Kominterni_Eesti_sektsioon_Moskvas, lk 17
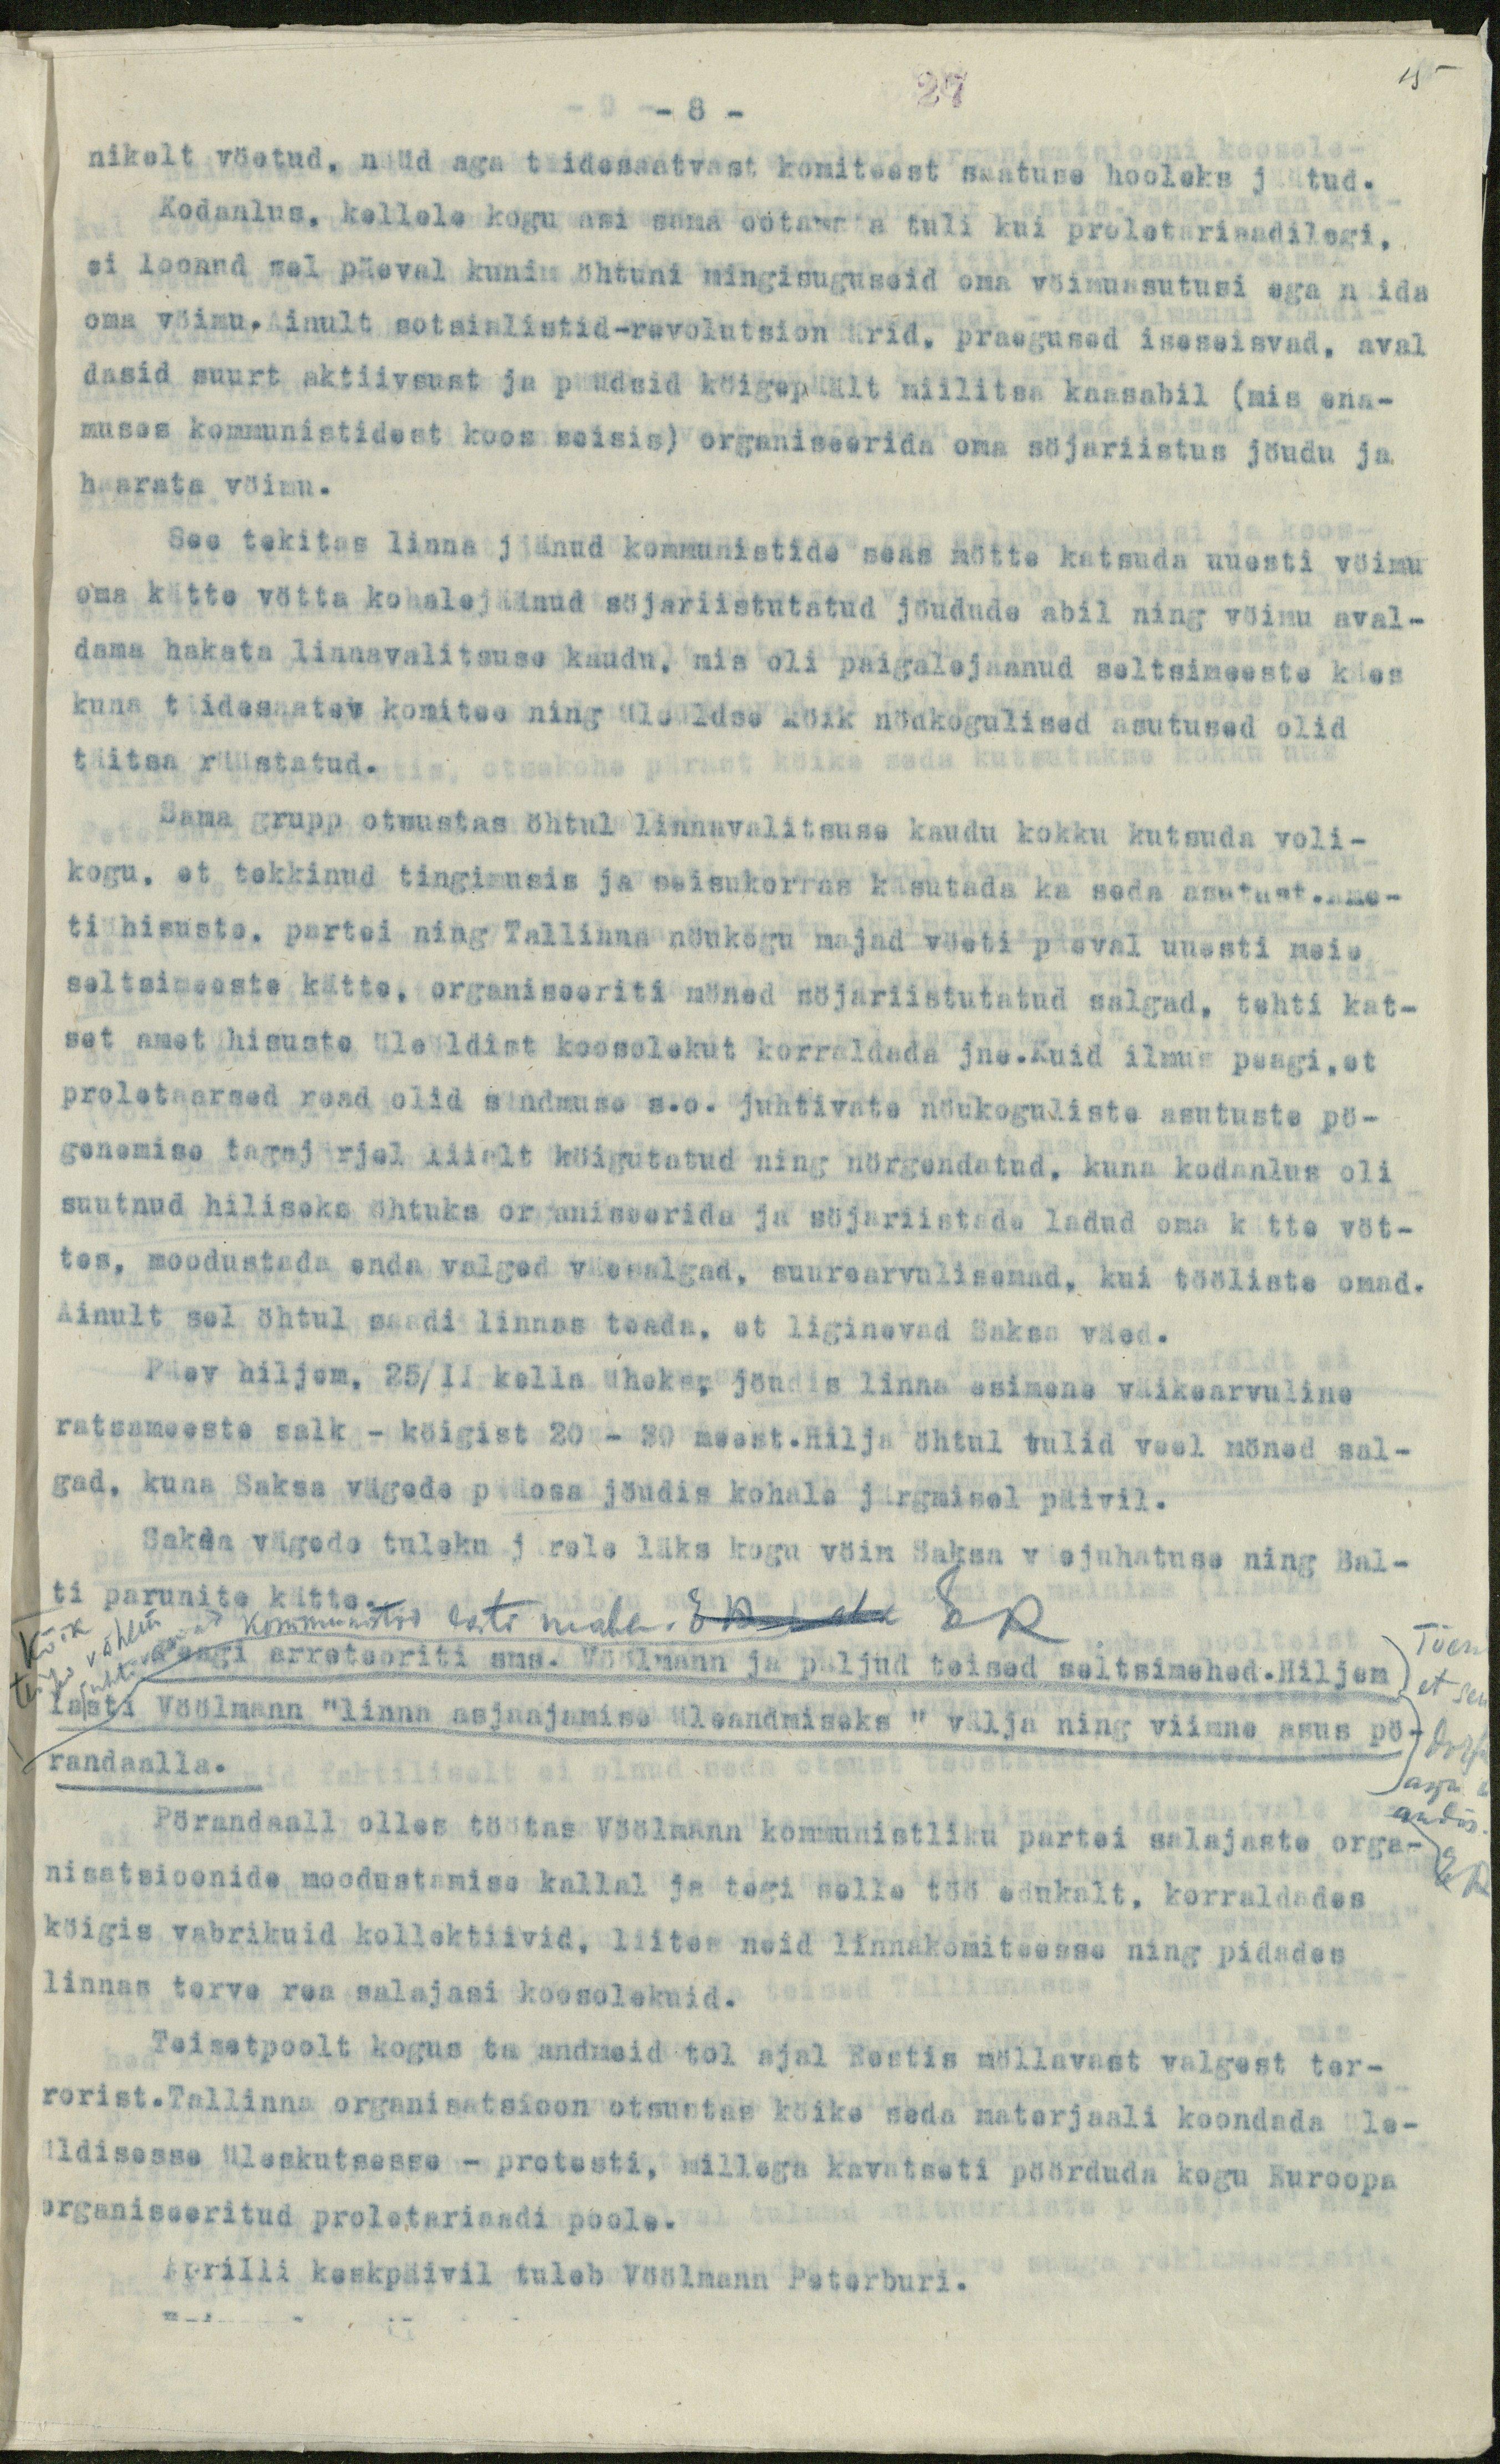
27
15
- 8 -
nikelt vöetud, nüüd aga täidesaatvast komiteest saatuse hooleks jäätud.
Kodanlus, kellele kogu asi sama ootamata tuli kui proletariaadilegi,
ei loonud sel päeval kuni öhtuni mingisuguseid oma vöimuasutusi ega näida
oma vöimu.Ainult sotsialistid-revolutsionäärid, praegused iseseisvad, aval
dasid suurt aktiivsust ja püüdsid köigepäält miilitsa kaasabil (mis ena-
muses kommunistidest koos seisis) organiseerida oma söjariistus jöudu ja
harata vöimu.
See tekitas linna jäänud kommunistide seas mötte katsuda uuesti vöimu
oma kätte vötta kohalejäänud söjariistutatud jöudude abil ning vöimu aval-
dama hakata linnavalitsuse kaudu, mis oli paigalejaanud seltsimeeste käes
kuna täidesaatev komitee ning üleüldse köik nöukogulised asutused olid
täitsa rüüstatud.
Sama grupp otsustas öhtul linnavalitsuse kaudu kokku kutsuda voli-
kogu, et tekkinud tingimusis ja seisukorras kasutada ka seda asutust.ame-
tiühisuste, partei ning Tallinna nöukogu majad vöeti päeval uuesti meie
seltsimeeste kätte, organiseeriti möned söjariistutatud salgad, tehti kat-
set ametühisuste üleüldist koosolekut korraldada jne.Kuid ilmus peagi,et
proletaarsed read olid sündmuse s.o. juhtivate nöukoguliste asutuste pö-
genemise tagajärjel liialt köigutatud ning nörgendatud, kuna kodanlus oli
suutnud hiliseks öhtuks organiseerida ja söjariistade ladud oma kätte vöt-
tes, moodustada enda valged väesalgad, suurearvulisemad, kui tööliste omad.
Ainult sel öhtul saadi linnas teada, et liginevad Saksa väed.
Päev hiljem, 25/II kella üheksa jöudis linna esimene väikearvuline
ratsameeste salk - köigist 20 - 30 meest. Hilja öhtul tulid veel möned sal-
gad, kuna Saksa vägede pääosa jöudis kohale järgmisel päivil.
Saksa vägede tuleku järele läks kogu vöim Saksa väejuhatuse ning Bal-
ti parunite kätte.
Peagi arreteeriti sms. Vöölmann ja paljud teised seltsimehed.Hiljem
lasti Vöölmann "linna asjaajamise üleandmiseks," välja ning viimne asus pö-
randaalla.
Pörandaall olles töötas Vöölmann kommunistliku partei salajaste orga-
nisatsioonide moodustamise kallal ja tegi selle töö edukult, korraldades
köigis vabrikuid kollektiivid, liites neid linnakomiteesse ning pidades
linnas terve rea salajasi koosolekuid.
Teisetpoolt kogus ta andmeid tol ajal Eestis möllavast valgest ter-
ronist.Tallinna organisatsioon otsustas köike seda materjaali koondada le-
ldisesse üleskutsesse - protesti, millega kavatseti pöörduda kogu Euroopa
organiseeritud proletariaadi poole.
Aprilli keskpäivil tuleb Vöölmann Peterburi.